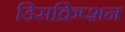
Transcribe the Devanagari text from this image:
डिसक्रिप्शन